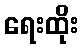
ရေးထိုး